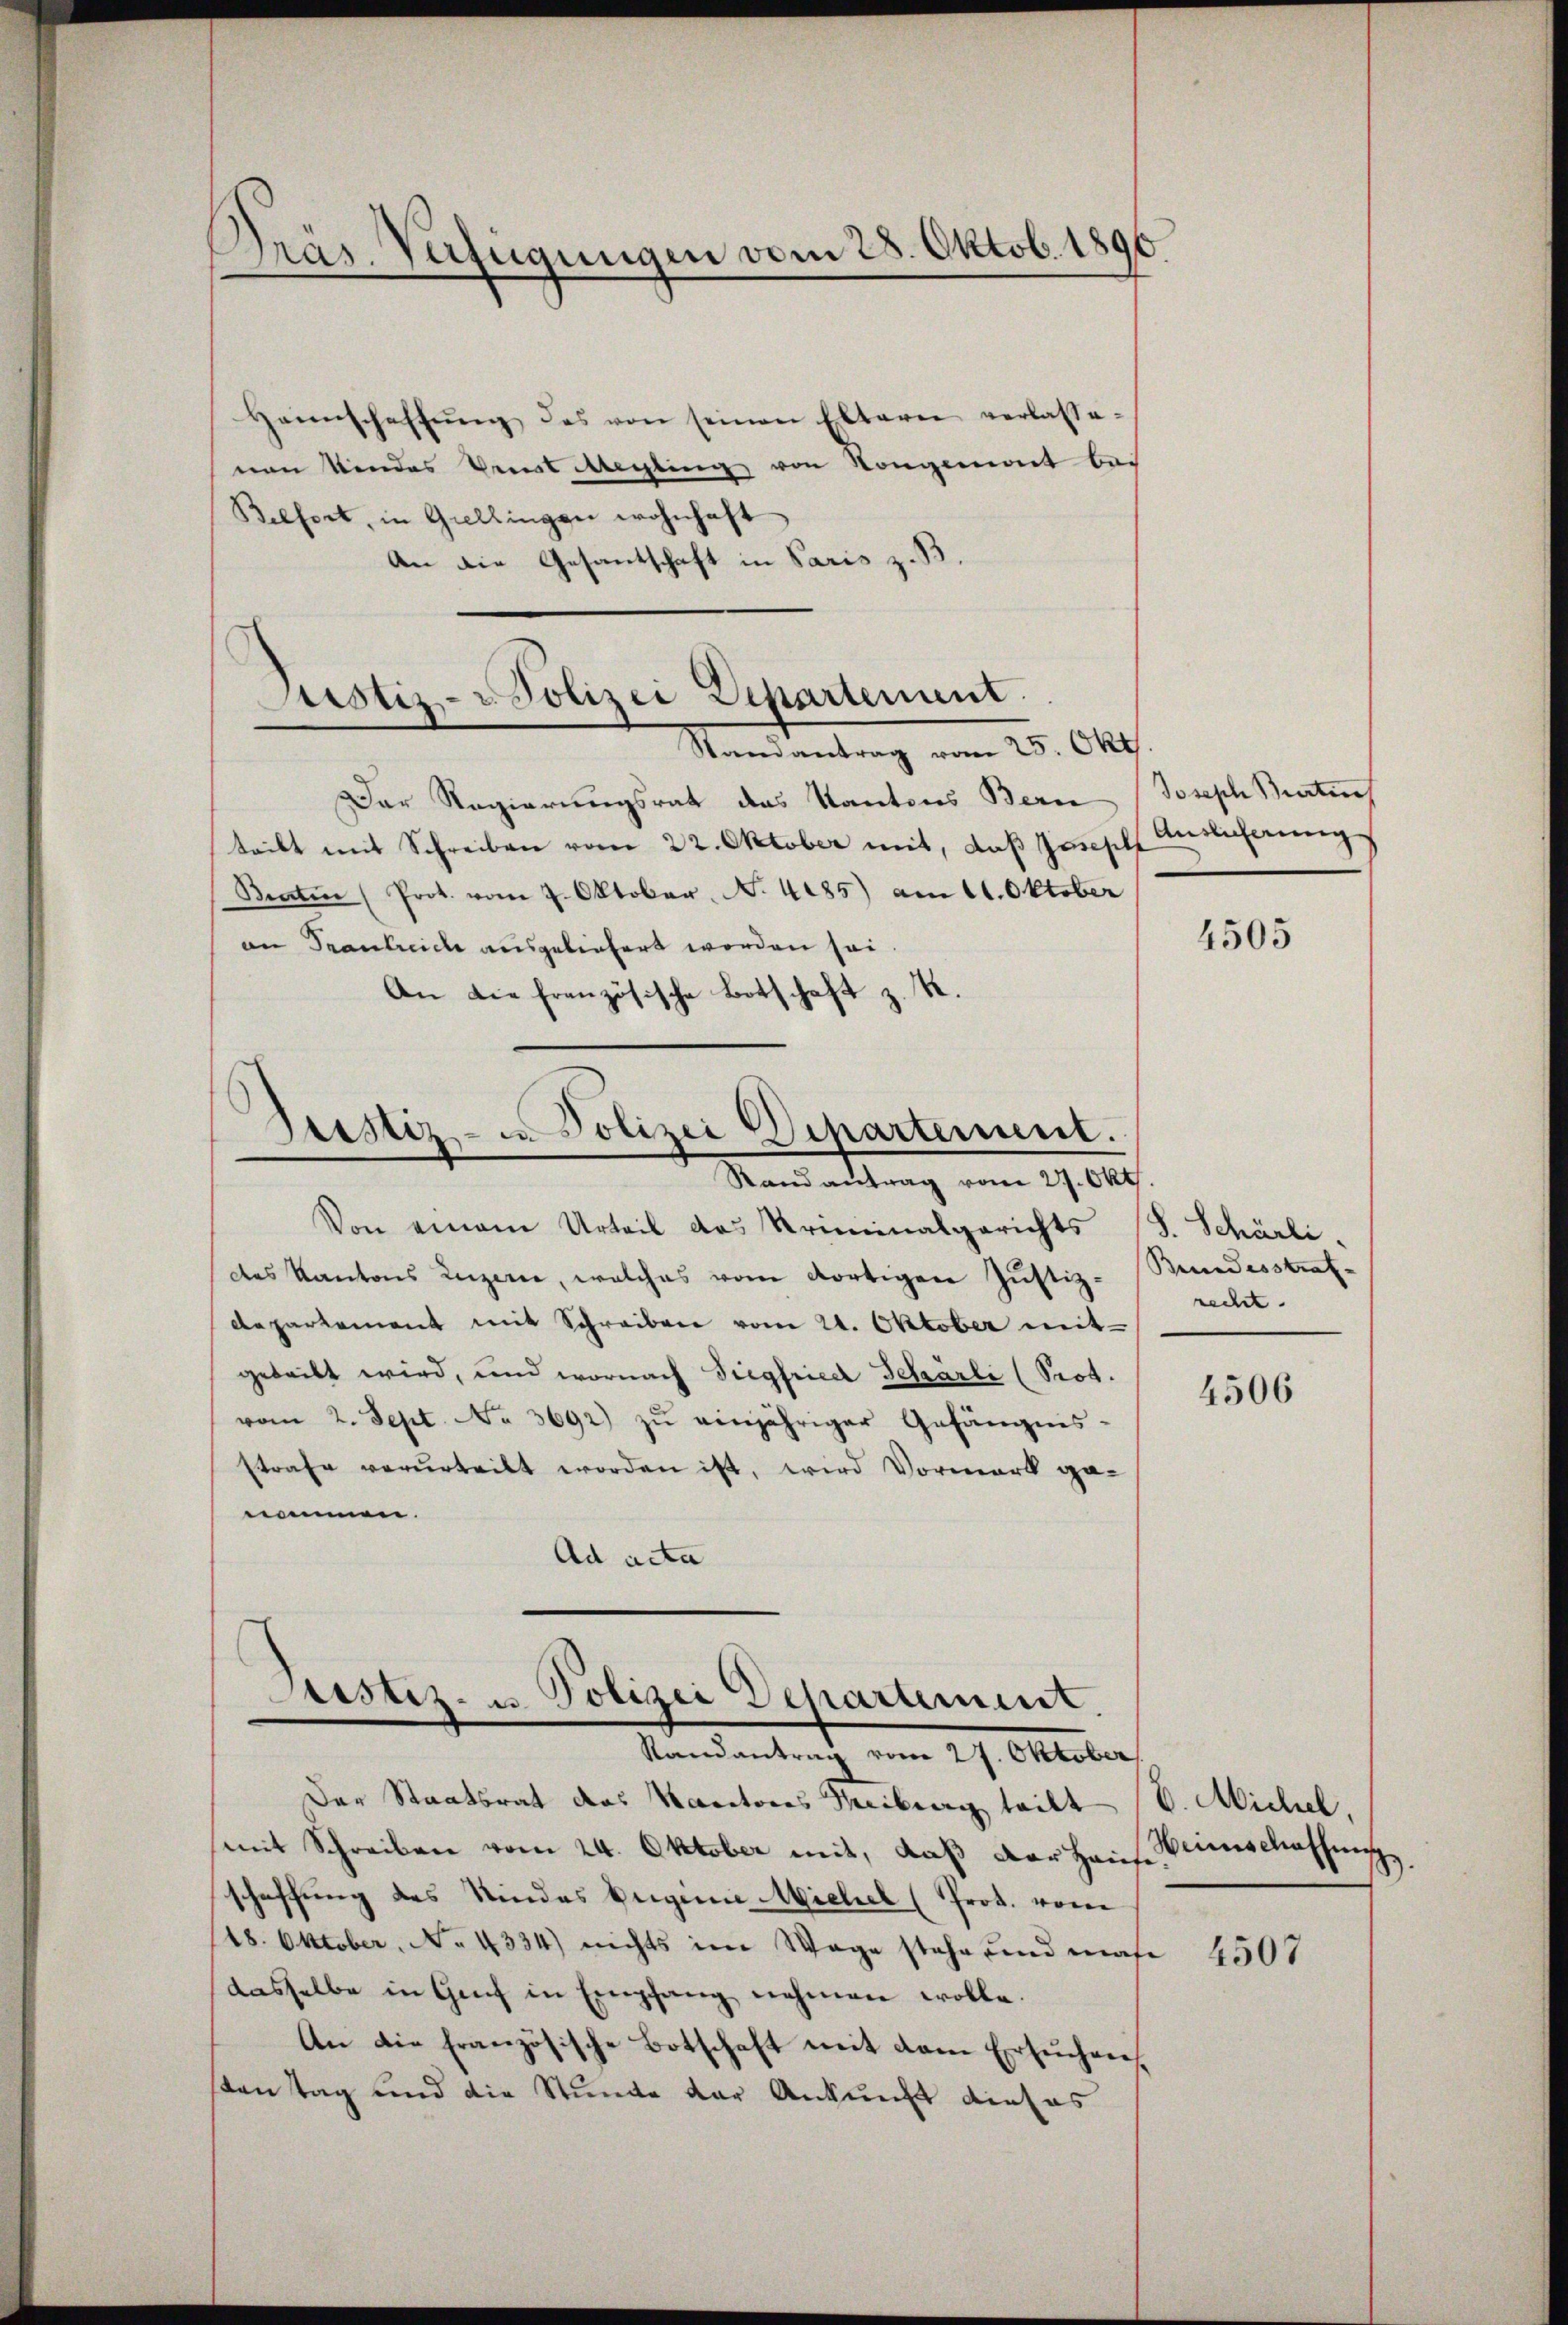
)
Präs. Verfügungen vom 28. Oktob. 1890.

Heimschaffŭng des von seinen Elteren verlasse-
nen Kindes Veit Mechling von Kongement bei
Belfort, in Grellingen wohnhaft
An die Gesantschaft in Paris z. B.
Der Regierungsrat das Kantons Bern
teilt mit Schreiben vom 22. Oktober mit, daß Joseph
Braten (Prot. vom 7. Oktober N. 4485) am 11. Oktober
an Trautreide ausgeliefert worden sei.
An die französische Botschaft z. R.

Justiz- u Polizei Departement.
Randantrag vom 25. Okt

Destiz- u. Polizei Departement.
Randantrag vom 27. Okt

Von einem Urteil das Kriminalgerichts (S. Schärli,
des Kantons Luzerne, welches vom dortigen Justiz- Bundesstraf-
departement mit Schreiben vom 21. Oktober mit-
gebritt wird, und wornach Siegfried Scharli (Prot.
vom 2. Sept. No 3692) zŭ einjähriger Gefängnis-
strafe verurteilt worden ist, wird Vormerk genommen.
Ad acta

Justiz- u. Polizei Departement.
Randantrag vom 27. Oktober

Der Staatsrat das Kantones Weiberg teilt V. Michel,
mit Schreiben vom 24. Oktober mit, daß der Hause.
schaffung des Rindes Eugenie Michel (Prot. vom
18. Oktober, No 4334) nichts im Wage stehe und maße
dasselbe in Genf in Empfang nehmen wolle.
An die französische Botschaft mit dem Ersuchenstantag und die Stunde der Ankunft dieses

Joseph Bierten
Anslicherung

4505

recht.

4506

Weinschaffung

4507